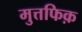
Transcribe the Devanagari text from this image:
मुत्तफिक़